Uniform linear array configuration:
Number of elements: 24
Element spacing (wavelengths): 1
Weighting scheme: kaiser
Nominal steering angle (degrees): -15
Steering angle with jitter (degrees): -14.218
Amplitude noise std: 0.05
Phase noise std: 0.05

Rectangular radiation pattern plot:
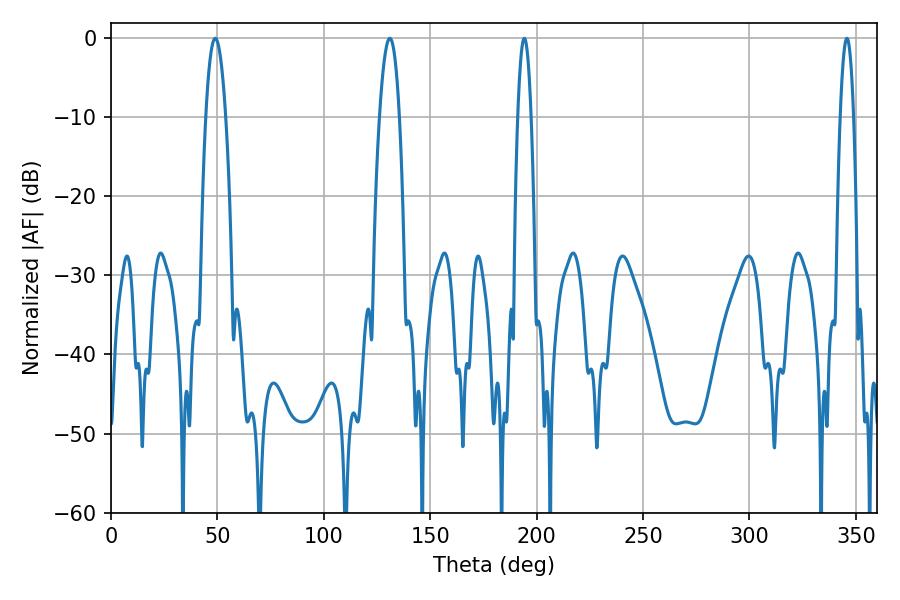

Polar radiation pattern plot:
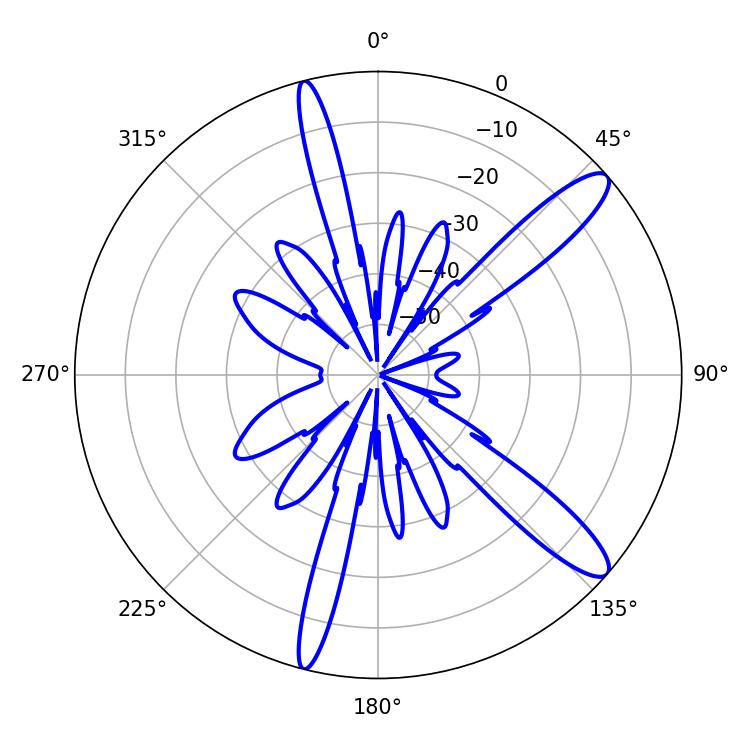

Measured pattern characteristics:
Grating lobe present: TRUE
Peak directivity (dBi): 12.439
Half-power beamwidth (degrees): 3.24
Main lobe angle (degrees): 194.22